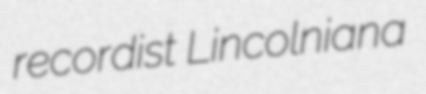
recordist Lincolniana